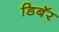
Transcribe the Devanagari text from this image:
डिबॅर